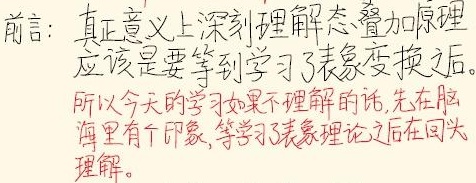
前言：真正意义上深刻理解态叠加原理应该是要等到学习了表象变换之后。所以今天的学习如果不理解的话,先在脑海里有个印象,等学习了表象理论之后再回头理解。